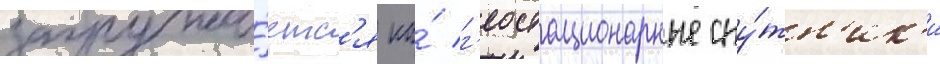
загружа́етс'я на́ г'еостационарные спу́тн'ик'и